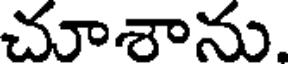
చూశాను.